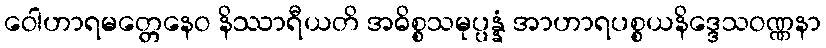
ဝေါဟာရမတ္တေနေဝ နိဿာရီယတိ အဓိစ္စသမုပ္ပန္နံ အာဟာရပစ္စယနိဒ္ဒေသဝဏ္ဏနာ